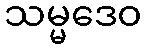
သမ္မဒေဝ